Report on the working of the Ranchi Indian Mental Hospital, Kanke, in Bihar and Orissa - 1930-1940
Year: 1930
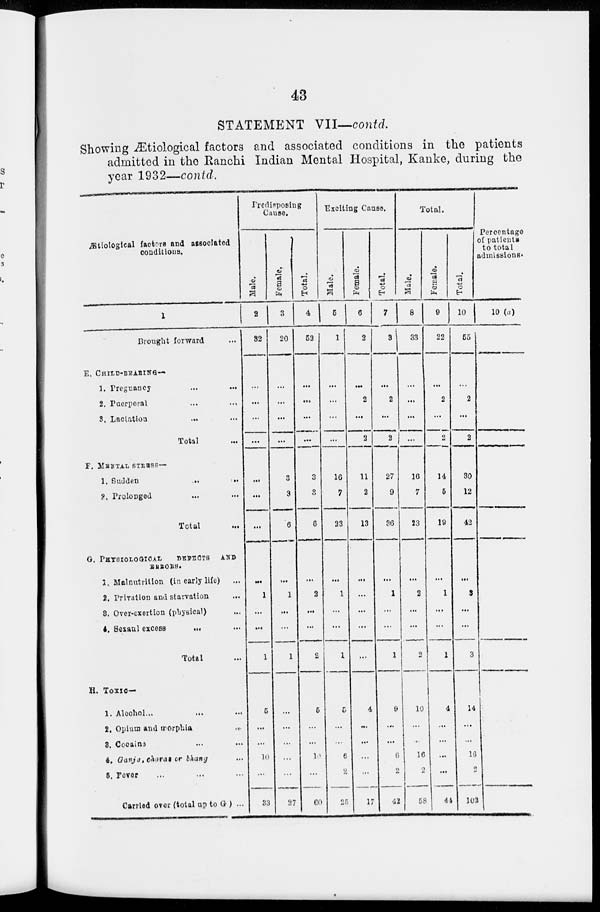
43
STATEMENT VII—contd.
Showing Ætiological factors and associated conditions in the patients
admitted in the Ranchi Indian Mental Hospital, Kanke, during the
year 1932—contd.
Ætiological factors and associated
conditions.
1
Brought forward
E. CHILD-BEARING —
1. Pregnancy
...
...
2. Puerperal ... ...
3. Lactation ... ...
Total ...
P. METAL STRESS—
1. Sudden ... ...
2. Prolonged ... ...
Total ...
G.
PHYSIOLOGCAL
DEFECTS
AND
ERRORS.
1.Malnutrition (in early life) ...
2. Privation and starvation ...
3. Over-exertion (physical) ...
4. Sexaul excess
... ...
Total ...
H. TOXIC—
1. Alcohol ... ... ...
2. Opium and morphia
...
3. Cocaine ... ...
4. Gunja, charas or bhang ...
5. Fever ... ... ...
Carried over (total up to G) ...
Predisposing
Cause.
Male.
2
32
...
...
...
...
...
...
...
...
1
...
...
1
5
...
...
10
...
33
Female.
3
20
...
...
...
...
3
3
6
...
1
...
...
1
...
...
...
...
...
37
Total.
4
52
...
...
...
...
3
3
6
...
2
...
...
2
5
...
...
10
...
60
Exciting Cause.
Male.
5
1
...
...
...
...
16
7
23
...
1
...
...
1
5
...
...
6
2
25
Female.
6
2
...
2
...
2
11
2
13
...
...
...
...
...
4
...
...
...
...
17
Total.
7
3
...
2
...
2
27
9
36
...
1
...
...
1
9
...
...
6
2
42
Total.
Male.
8
33
...
...
...
...
16
7
23
...
2
...
...
2
10
...
...
16
2
58
Female.
9
22
...
2
...
2
14
5
19
...
1
...
...
1
4
...
...
...
...
44
Total.
10
55
...
2
...
2
30
12
42
...
3
...
...
3
14
...
...
16
2
102
Percentage
of patients
to total
admissions.
10 (a)